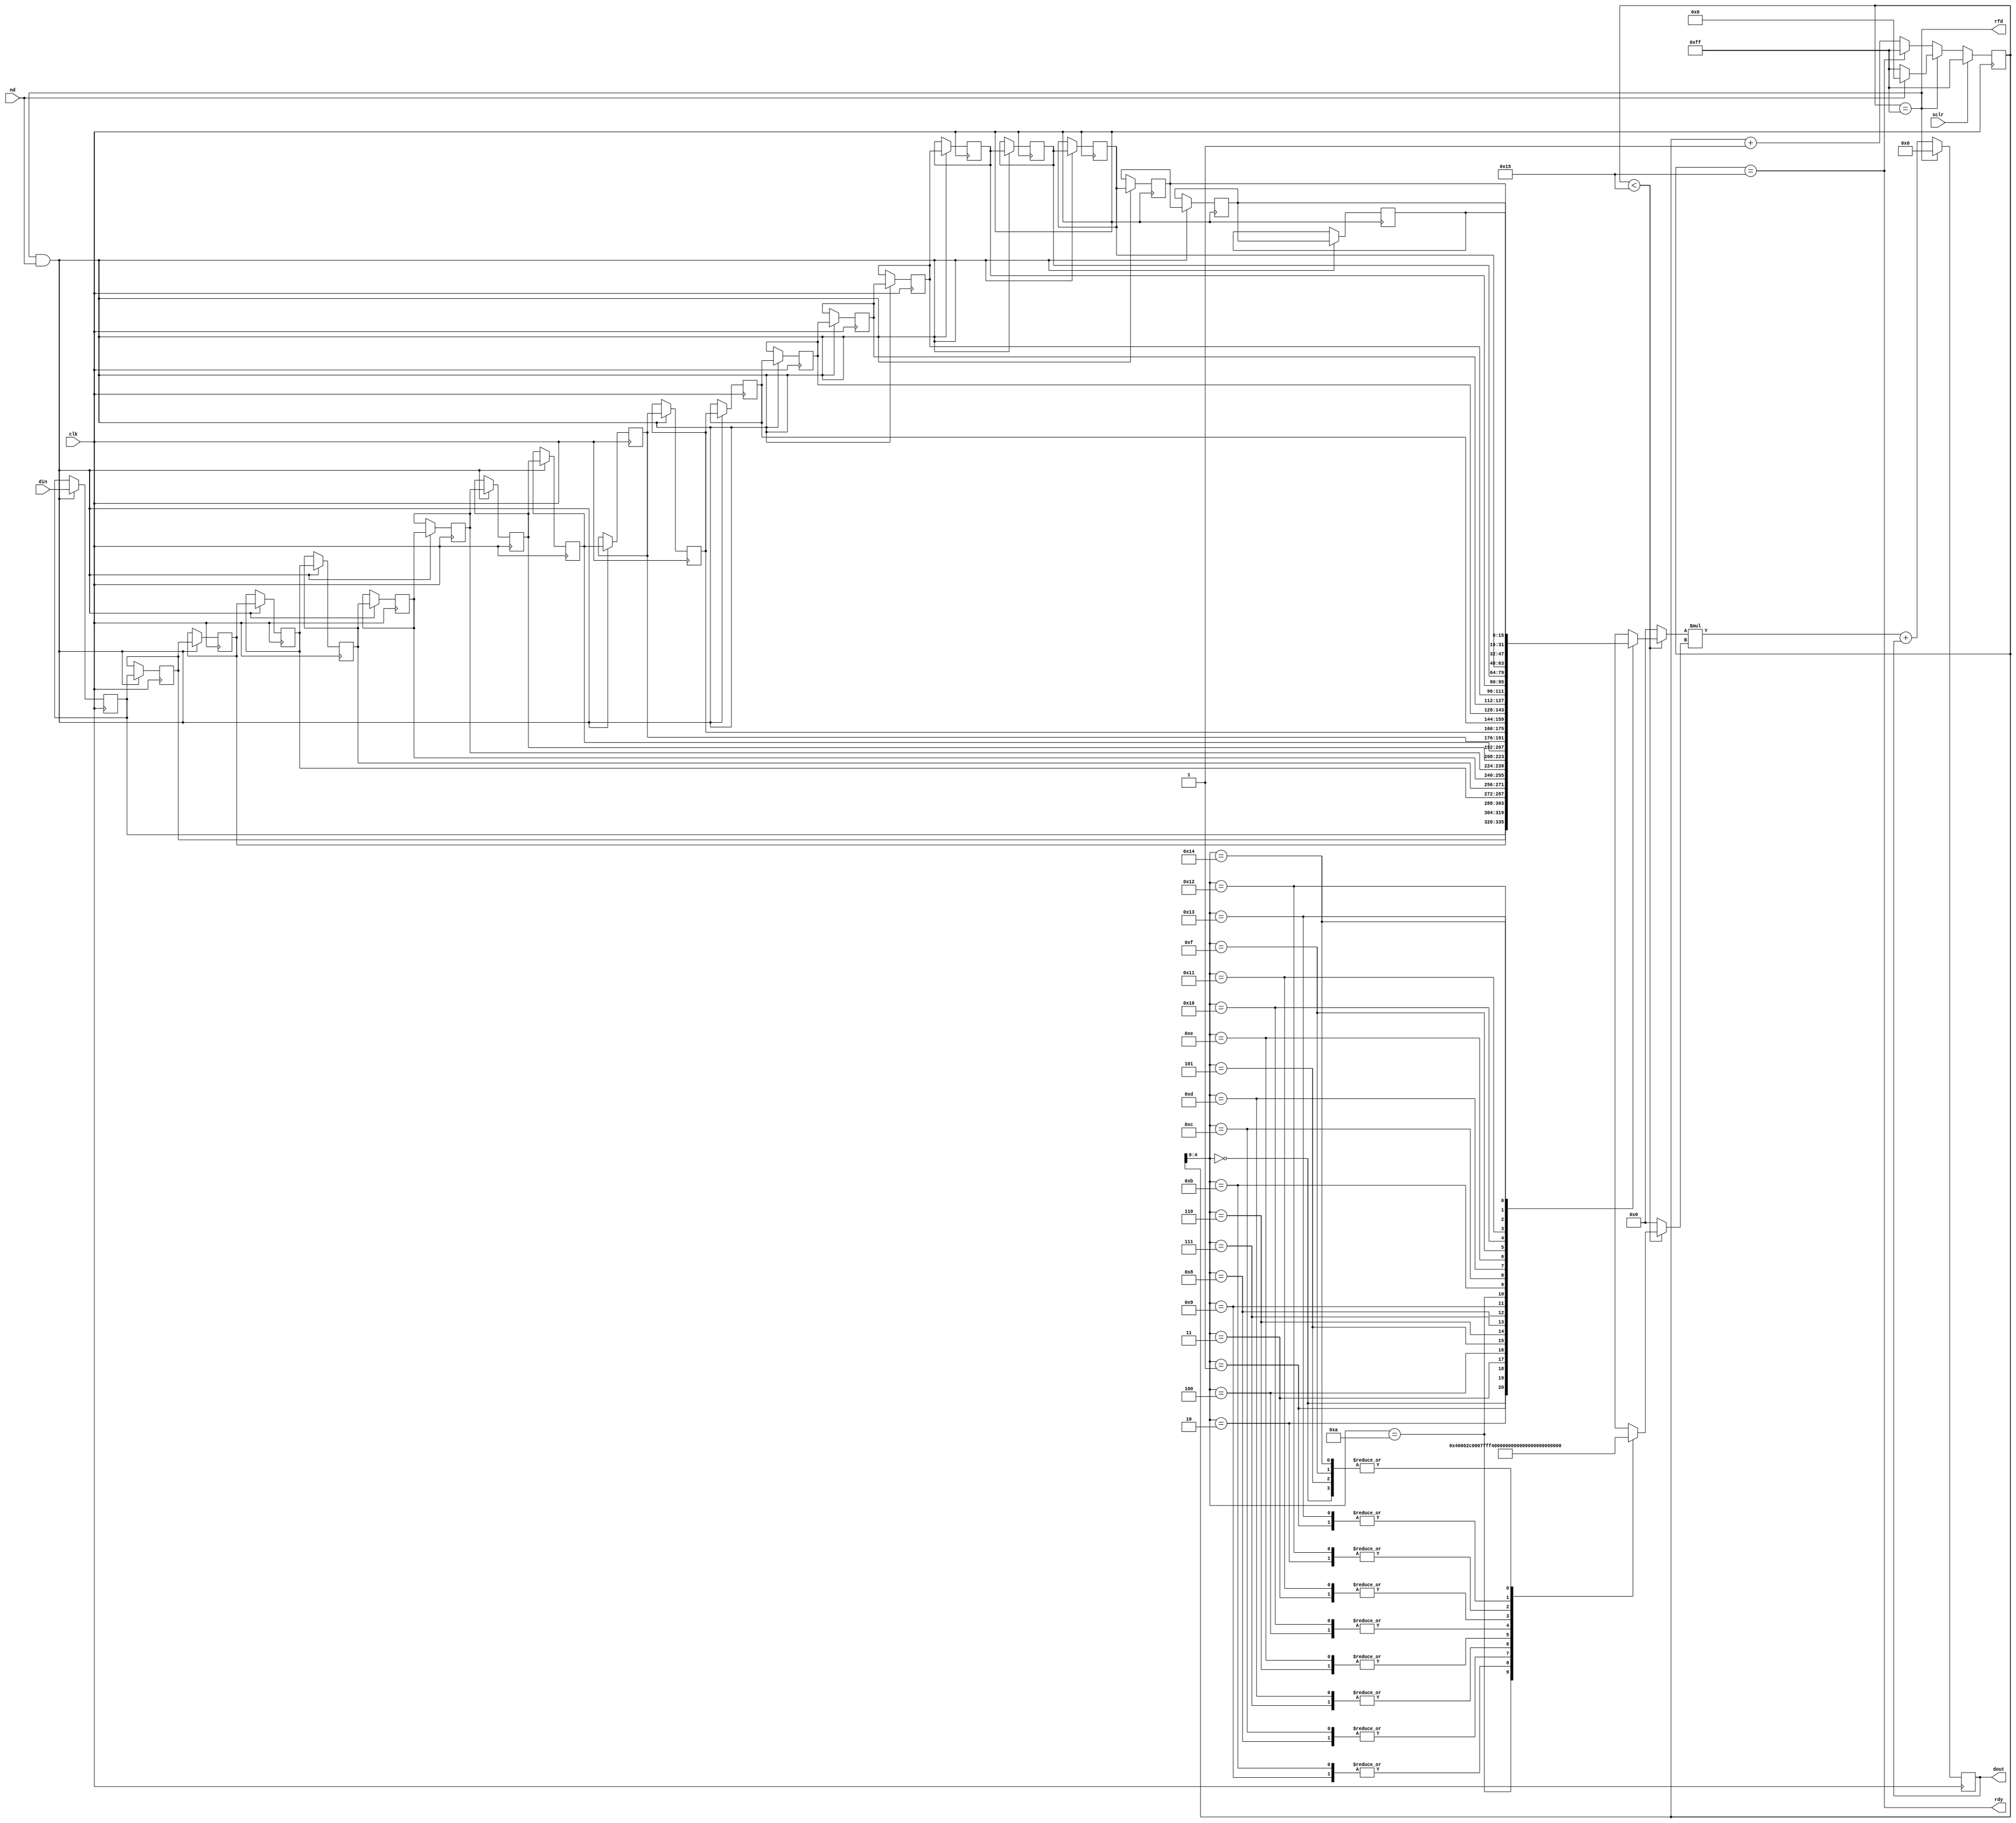
module gfirMAC
#(parameter
	C_IWIDTH = 16,
	C_OWIDTH = 32,
	C_CWIDTH = 16,
	C_CLENGTH = 21
)
(
	input                         clk           ,
	input                         sclr          ,

	input                         nd            ,
	output                        rfd           ,
	output                        rdy           ,
	input  signed [C_IWIDTH-1:0]  din           ,
	output signed [C_OWIDTH-1:0]  dout          

);

//-------------------------------------------------------------------
// Signal Declaration
//-------------------------------------------------------------------
	
	wire signed [C_CWIDTH-1:0] coeff_mem[0:C_CLENGTH-1];
	reg signed [C_IWIDTH-1:0] X_reg[0:C_CLENGTH-1];
	reg signed [C_OWIDTH-1:0] partial_product;
	
	wire is_idle, is_end_mac;
	reg [7:0] maccnt;
	
	wire signed [C_IWIDTH-1:0] X_kmi;
	wire signed [C_CWIDTH-1:0] A_i;
	
//-------------------------------------------------------------------
// Coefficient Declaration
//-------------------------------------------------------------------
	
	assign coeff_mem[0] = 6;
	assign coeff_mem[1] = 0;
	assign coeff_mem[2] = -4;
	assign coeff_mem[3] = -3;
	assign coeff_mem[4] = 5;
	assign coeff_mem[5] = 6;
	assign coeff_mem[6] = -6;
	assign coeff_mem[7] = -13;
	assign coeff_mem[8] = 7;
	assign coeff_mem[9] = 44;
	
	assign coeff_mem[10] = 64;
	
	assign coeff_mem[11] = 44;
	assign coeff_mem[12] = 7;
	assign coeff_mem[13] = -13;
	assign coeff_mem[14] = -6;
	assign coeff_mem[15] = 6;
	assign coeff_mem[16] = 5;
	assign coeff_mem[17] = -3;
	assign coeff_mem[18] = -4;
	assign coeff_mem[19] = 0;
	assign coeff_mem[20] = 6;
	
//-------------------------------------------------------------------
// Datapath Registers
//-------------------------------------------------------------------
	
	/* control path: mac counter */
	always @(posedge clk) begin
		if (sclr) begin
			maccnt <= 8'hff; // IDLE
		end else begin
			if (is_idle)
				maccnt <= (nd==1'b1)? 8'h0 : 8'hff;
			else if (is_end_mac)
				maccnt <= 8'hff;
			else
				maccnt <= maccnt+1'b1;
		end
	end
	assign is_idle    = (maccnt == 8'hff);
	assign is_end_mac = (maccnt == C_CLENGTH);
	
	assign rfd = is_idle;
	assign rdy = is_end_mac;
	
	/* datapath: partial product */
	always @(posedge clk) begin
		if (is_idle)
			partial_product <= {C_OWIDTH{1'b0}};
		else 
			partial_product <= X_kmi * A_i + partial_product;
	end
	assign X_kmi = (maccnt < C_CLENGTH)? X_reg[maccnt] : 'h0;
	assign A_i   = (maccnt < C_CLENGTH)? coeff_mem[maccnt] : 'h0;
	
	assign dout  = partial_product;
	
	/* datapath: delay lines .OR. shif registers */
	integer i;
	always @(posedge clk) begin
		if ((is_idle) && (nd==1'b1)) begin
			X_reg[0] <= din;
			for (i = 1; i <= C_CLENGTH-1; i = i + 1)
				X_reg[i] <= X_reg[i-1];
				
		end
	end
	
	// synthesis translate_off
	initial begin
		for (i = 0; i <= C_CLENGTH-1; i = i + 1)
			X_reg[i] <= 'h0;
	end
	// synthesis translate_on

	// synthesis translate_off
	reg  [8*20:1] state_ascii;
	always @(*) begin
		if      (maccnt==8'hff)      state_ascii <= "IDLE";
		else if (maccnt<C_CLENGTH)   state_ascii <= "MAC";
		else if (maccnt==C_CLENGTH)  state_ascii <= "DONE";
		else                         state_ascii <= "ERROR";
	end
	// synthesis translate_on
	
endmodule